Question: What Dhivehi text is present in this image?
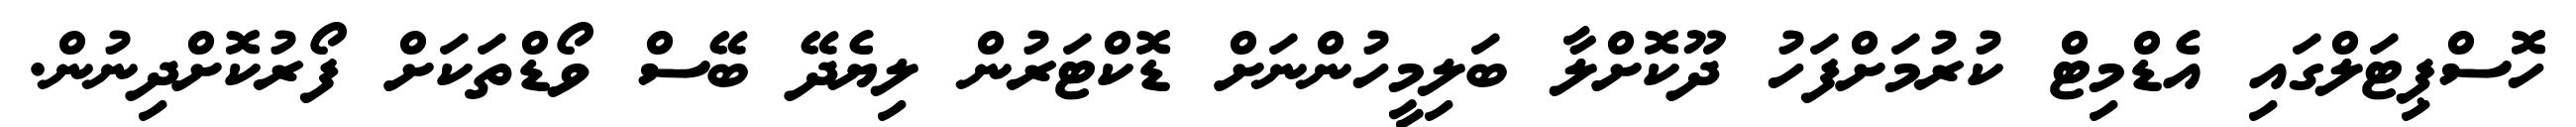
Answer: ހޮސްޕިޓަލްގައި އެޑްމިޓް ކުރުމަށްފަހު ދޫކޮށްލާ ބަލިމީހުންނަށް ޑޮކްޓަރުން ލިޔެދޭ ބޭސް ވޯޑްތަކަށް ފޯރުކޮށްދިނުން.